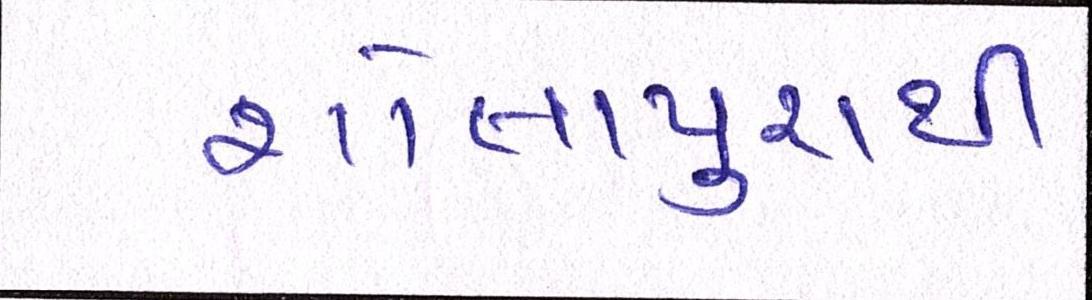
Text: શોલાપુરથી